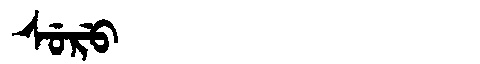
Manchu: ᠰᡠᡵᡠ
Romanization: SURU